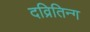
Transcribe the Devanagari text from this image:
दव्रितिन्ग